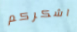
اشكركم